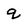
Character: q